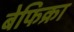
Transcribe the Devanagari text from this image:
बेफिक्रा